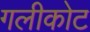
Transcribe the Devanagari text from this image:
गलीकोट